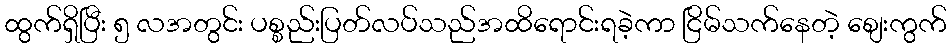
ထွက်ရှိပြီး ၅ လအတွင်း ပစ္စည်းပြတ်လပ်သည်အထိရောင်းရခဲ့ကာ ငြိမ်သက်နေတဲ့ စျေးကွက်